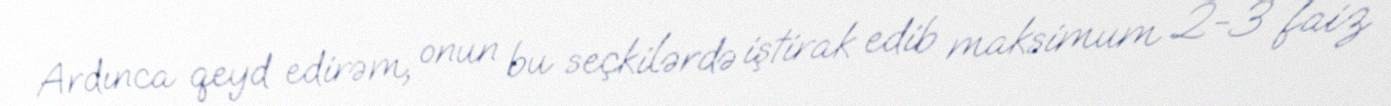
Ardınca qeyd edirəm, onun bu seçkilərdə iştirak edib maksimum 2-3 faiz